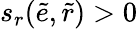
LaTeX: s_{r}(\tilde{e},\tilde{r})>0